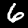
Label: 6